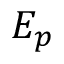
E _ { p }